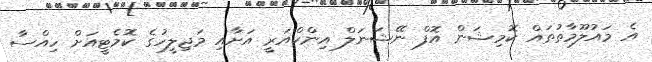
އެ މައުލޫމާތުތައް ކޮމިޝަން އޮފް ނޭޝަނަލް އިންކްއަރީ އަށާއި މަޖިލީހުގެ ކޮމެޓީއަށް ހިއްސާ